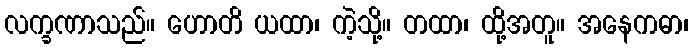
လက္ခဏာသည်။ ဟောတိ ယထာ၊ ကဲ့သို့။ တထာ၊ ထို့အတူ။ အနေကဓာ၊